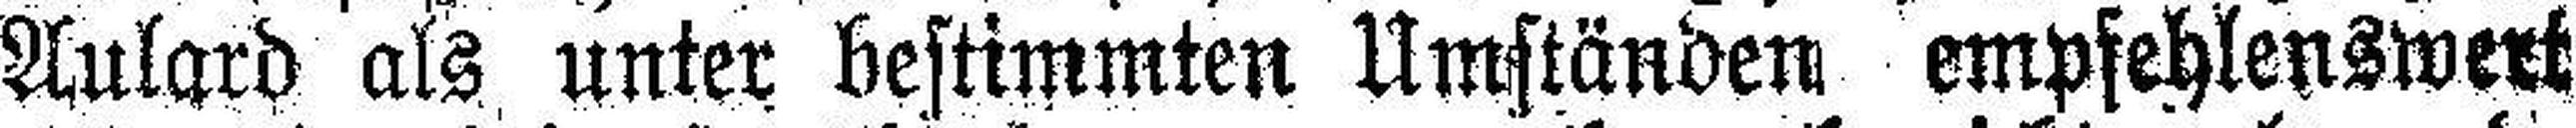
Aulard als unter bestimmten Umständen empfehlenswert